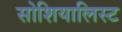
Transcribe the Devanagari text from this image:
सोशियालिस्ट